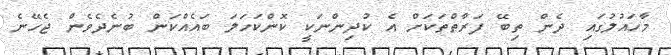
މާހައުލުގައި ދެން ތިބޭ ފަރާތްތަކަށް އެ ކުދިންނަކީ ކޮންކަހަލަ ބައެއްކަން ބުނެދެވެން ޖެހޭނެ